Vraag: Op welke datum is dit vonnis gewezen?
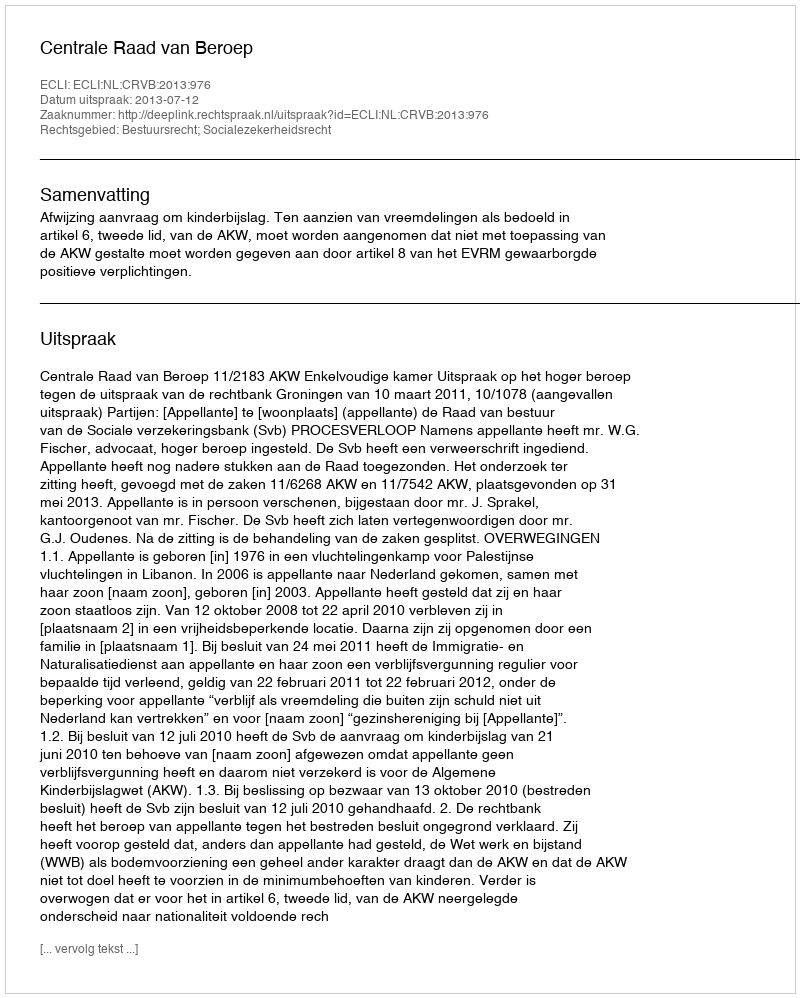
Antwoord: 2013-07-12